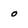
Character: o